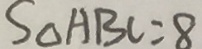
S _ { \Delta } A B C = 8